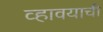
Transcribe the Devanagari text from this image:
व्हावयाची